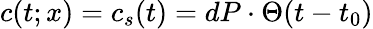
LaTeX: c(t;x)=c_{s}(t)=dP\cdot\Theta(t-t_{0})